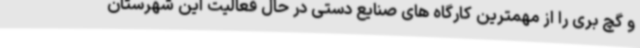
و گچ بری را از مهمترین کارگاه های صنایع دستی در حال فعالیت این شهرستان